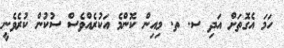
ހަމަ އެގޮތަށް އަދި ސ. ތ. މިއިން ކޮންމެ އަކުރެއްވެސް ސުކުން ކުރެވެނީ